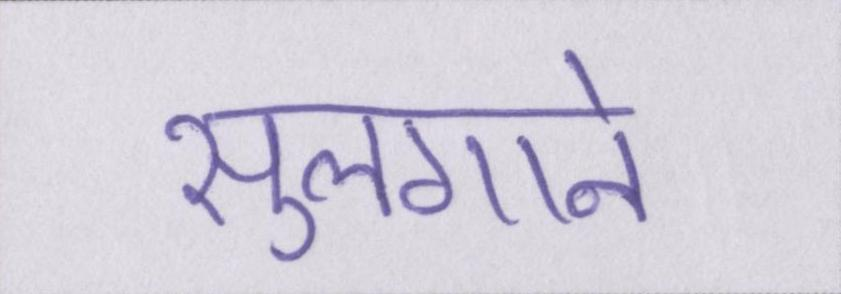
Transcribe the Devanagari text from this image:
सुलगाने